Cholera in southern India
Disease focus: Cholera
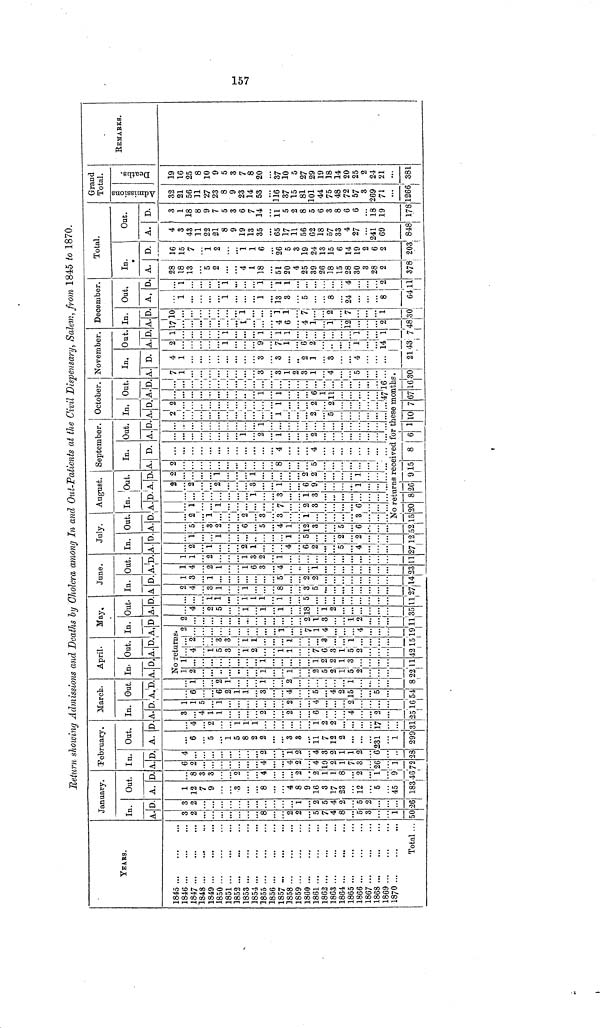
Return showing Admissions and Deaths by Cholera among In and Out-Patients at the Civil Dispensary, Salem, from 1845 to 1870.
YEARS.
1845
1846
1847
1848
1849
1850
1851
1852
1853
1854
1855
1856
1857
1858
1859
1860 ...
1861
1862
1863
1864
1865
1866
1867
1868
1869
18/0
Total ...
January.
In.
A.
3
2
8
2
2
5
7
4
8
5
8
1
50
D.
3
2
1
2
5
4
2
5
2
26
Out.
A.
1
12
7
9
3
8
4
8
9
16
3
17
23
12
5
45
183
D.
8
3
3
2
4
2
2
1
1
8
2
1
9
46
February.
In.
A.
6
2
4
4
2
4
10
2
1
7
3
26
1
72
D.
4
2
1
2
4
3
2
1
1
2
6
28
Out..
A.
6
5
1
5
8
2
2
3
3
11
7
12
2
231
1
299
D.
4
2
1
1
1
1
2
2
17
31
March.
In.
A.
3
4
1
1
2
2
6
4
25
D.
1
1
5
1
2
4
2
16
Out.
A.
6
6
2
1
1
3
4
5
4
2
15
5
54
D.
1
2
1
1
2
1
8
April.
In.
A. D.
Out.
A.|D.
May.
In.
A.
No returns.
1
2
1
1
2
5
2
1
5
2
22
1
1
1
1
3
11
4
1
ft
3
1
?,
1
1
7
8
1
5
2
42
...
2
3
3
1
1
1
15
2
1
7
1
4
19
D.
2
2
1
3
1
11
Out.
A.
4
2
1
1
1
18
1
2
35
D.
1
1
1
1
]
1
5
...
11
June.
In.
A.
2
4
3
i
1
8
...
3
5
27
D.
1
3
1
5
2
2
114
Out.
A.
1
4
2
1
1
6
3
4
1
23
D.
1
2
1
3
2
1
1
July.
In.
A.
2
1
2
1
4
6
2
5
4
D.
1
..
1
1
5
2
2
12
Out.
A.
5
3
6
5
4
1
12
3
5
6
52
D.
2
1
2
3
3
...
1
3
August.
In.
A.
1
]
...
7
2
3
6
D.
1
3
1
3
Out.
A.
2
2
2
1
6
9
1
D.
2
1
1
2
2
1
September.
A.
2
8
5
In.
D.
4
4
Out.
A.
1
2
1
2
D.
1
...
...
October.
In.
A.
2
1
2
5
D.
2
1
2
2
Out.
A.
1
1
6
1
11
47
D.
...
16
November.
A
7
1
8
3
1
2
3
1
4
5
No returns received for these months.
15 20 8 26 15 8 6 1 10 7 67 16 30
In.
D.
4
1
8
3
2
1
3
4
21
Out.
A.
9
1
9
7
1
6
2
1
14
43
D.
1
1
1
1
1
1
1
7
December.
In.
A.
17
I
4
6
4
1
1
12
2
48
D.
10
1
1
1
7
2
7
1
30
Out.
A.
1
1
1
13
3
8
24
8
64
D.
1
1
1
1
1
4
2
11
Total.
In.
A.
28
18
13
5
2
...
4
1
18
51
20
4
25
39
26
18
15
28
30
3
28
2
378
D.
16
15
7
1
2
1
1
6
26
5
3
19
24
13
15
6
14
19
2
6
2
203
Out.
A.
4
3
43
11
22
21
8
9
19
13
35
65
17
11
56
62
18
57
33
4
27
241
69
848
D.
3
1
18
8
9
7
5
3
6
7
14
11
5
2
8
5
6
3
8
6
6
18
19
178
Grand
Total.
Admissions
32
21
56
11
27
23
8
9
23
14
53
116
37
15
81
101
44
75
48
72
57
3
269
71
1266
Deaths.
19
16
25
8
10
y
5
3
7
8
20
37
10
5
27
29
19
18
14
20
25
2
24
21
381
REMARKS.